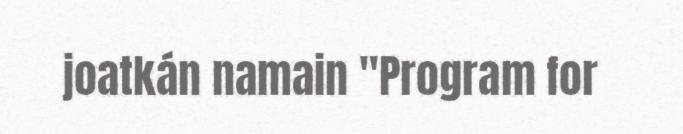
joatkán namain "Program for